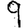
Digit: 9